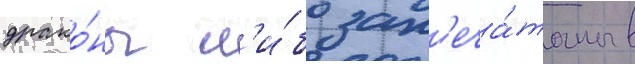
драко́ны л'и́бо зап'еча́таны в